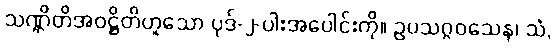
သဏ္ဌိတိအဝဋ္ဌိတိဟူသော ပုဒ်-၂-ပါးအပေါင်းကို။ ဥပသဂ္ဂဝသေန၊ သံ,